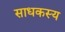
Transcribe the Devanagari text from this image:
साधकस्य